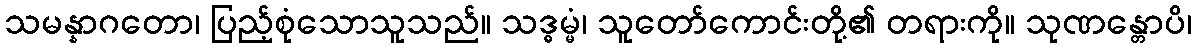
သမန္နာဂတော၊ ပြည့်စုံသောသူသည်။ သဒ္ဓမ္မံ၊ သူတော်ကောင်းတို့၏ တရားကို။ သုဏန္တောပိ၊